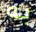
به